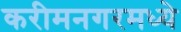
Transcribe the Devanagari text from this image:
करीमनगरमध्ये